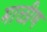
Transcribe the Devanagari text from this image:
माळीण